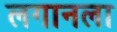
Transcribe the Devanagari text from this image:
लगानला